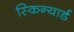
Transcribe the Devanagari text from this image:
स्किन्यार्ड